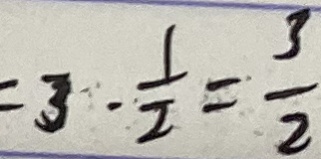
= 3 \cdot \frac { 1 } { 2 } = \frac { 3 } { 2 }